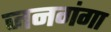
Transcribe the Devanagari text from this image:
जनगंगा